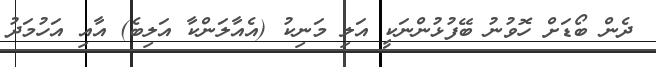
ދެން ބޯޑަށް ހޮވުނު ބޭފުޅުންނަކީ އަލި މަނިކު (އެއާލަންކާ އަލިބެ) އާއި އަހުމަދު